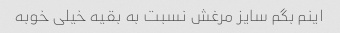
اینم بگم سایز مرغش نسبت به بقیه خیلی خوبه